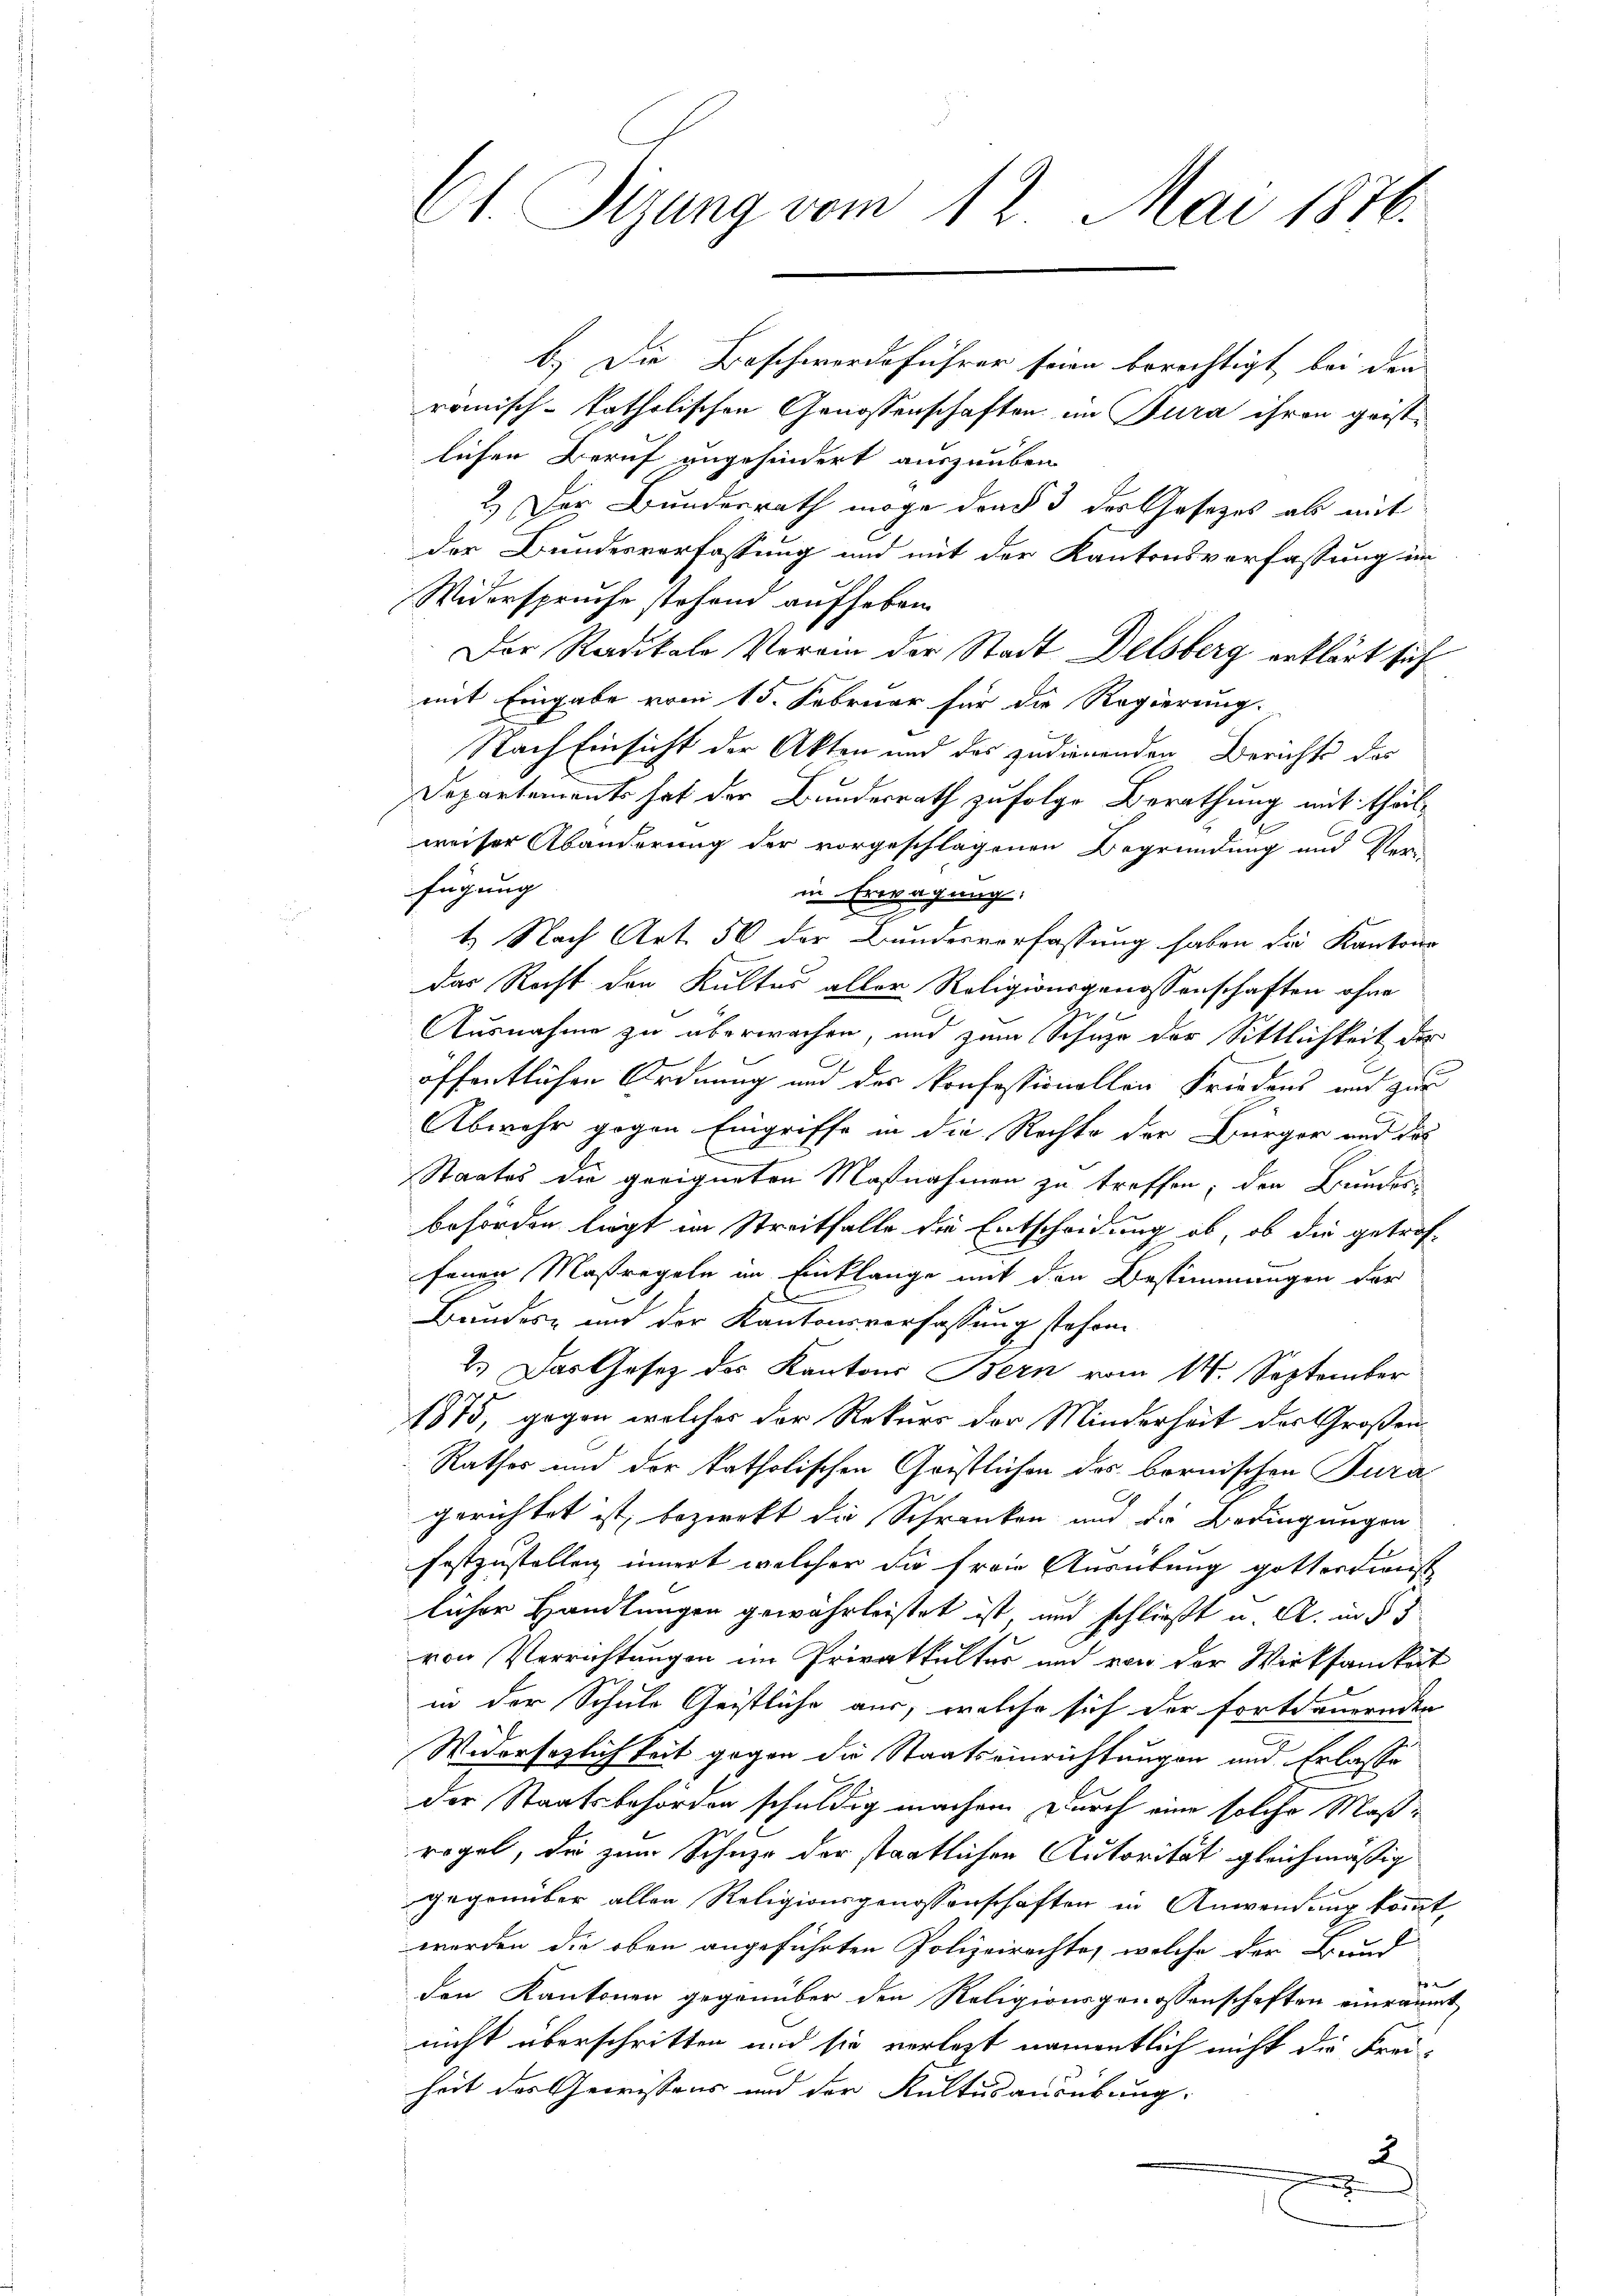
Ct. Sizung vom 12. Mai 1876.

b. Die Beschwerdeführer seien berechtigt bei den
römisch-katholischen Genossenschaften im Jura ihren geistlichen Beruf angehindert auszuüben
2.) Der Bundesrath möge den § 3 des Gesetzes als mit
der Bundesverfassung und mit der Kantonsverfassung im
Widerspruche stehend aufheben.
Der Radikale Verain der Stadt Delsberg erklärt sich
mit Eingabe vom 15. Februar für die Regierung.
Nach Einsicht der Akten und des zudienenden Berichts das
Departements hat der Bundesrath zufolge Berathung mit theilweiser Abänderung der vorgeschlagenen Begründung und Ver-
fügung |
in Erwägung
1.) Nach Art. 56 der Bundesverfassung haben die Kantone
das Recht den Kultes aller Religionsgenossenschaften ohne
Ausnahme zu überwachen, und zum Schuze der Sittlichkeit der
öffentlichen Ordnung und des konfessionellen Friedens und zur
Abwehr gegen Eingriffe in die Rechte der Bürger und das
¬
Staates die geeigneten Mosnahmen zu treffen, den Bundes-
behörden liegt im Streitfalle die Entscheidung ob, ob die getroffenen Maßregeln im Einklange mit den Bestimmungen der
Bundes- und der Kantonsverfassung stehen.
2.) Das Gesetz des Kantons Bern vom 14. September
1875, gegen welches der Rekurs der Minderheit des Großen
Rathes und der katholischen Gristlichen des bornischen Tura
gerichtet ist, bezirekt die Schranken und die Bedingungen
Festzustellen innert welcher die Frau Ausübung gotterdienst
licher Handlungen gewährleistet ist und schließt u. A. in § 5
von Verrichtungen im Privatkultur und von der Wirksamkeit
in der Schule Geistliche aus, welche sich der Fortdauernden
Widersezlichkeit gegen die Staatseinrichtungen und Erlasse
der Staatsbehörden schuldig machen durch eine solche Maßrögel, die zum Schuze der staatlichen Autorität gleichmäßig
gegenüber allen Religionsgenossenschaften in Anwendung kommt,
werden die oben angeführten Polizeirachte, welche der Bund
p
den Kantonen gegenüber den Religionsgenossenschaften einräumt
nicht überschritten und sie vorletzt namentlich nicht die Frei-
heit des Gewissens und der Kultusausübung.
2
9